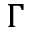
\Gamma